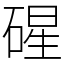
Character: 䃏